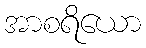
အာစရိယော